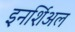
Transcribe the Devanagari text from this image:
इनर्शिअल